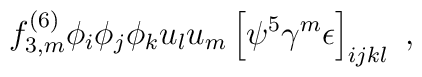
f^{(6)}_{3,m} \phi_i \phi_j \phi_k u_l u_m   \left[ \psi^5 \gamma^m \epsilon \right]_{ijkl}  \ ,